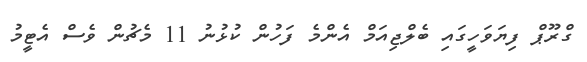
ގްރޫޕް ފިޔަވަހީގައި ބެލްޖިއަމް އެންމެ ފަހުން ކުޅުނު 11 މެޗުން ވެސް އެޓީމު